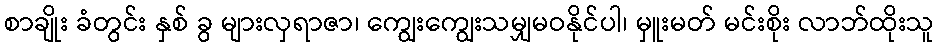
စာချိုး ခံတွင်း နှစ် ခွ များလှရာဇာ၊ ကျွေးကျွေးသမျှမဝနိုင်ပါ၊ မှူးမတ် မင်းစိုး လာဘ်ထိုးသူ